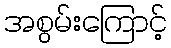
အစွမ်းကြောင့်